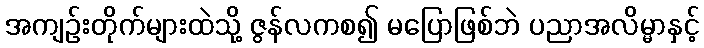
အကျဉ်းတိုက်များထဲသို့ ဇွန်လကစ၍ မပြောဖြစ်ဘဲ ပညာအလိမ္မာနှင့်